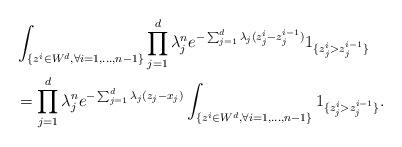
LaTeX: \begin{align*}& \int_{\{z^i \in W^d, \forall i = 1, \ldots, n-1\}} \prod_{j=1}^d \lambda_j^n e^{-\sum_{j= 1}^d \lambda_j(z_j^i - z_j^{i-1})} 1_{\{z_j^i > z_j^{i-1}\}}\\& = \prod_{j=1}^d \lambda_j^n e^{- \sum_{j= 1}^d \lambda_j(z_j - x_j)} \int_{\{z^i \in W^d, \forall i = 1, \ldots, n-1\}} 1_{\{z_j^i > z_j^{i-1}\}}.\end{align*}